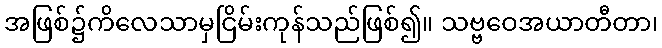
အဖြစ်၌ကိလေသာမှငြိမ်းကုန်သည်ဖြစ်၍။ သဗ္ဗဝေအယာတီတာ၊